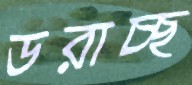
ডরাচ্ছ